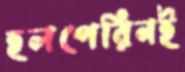
হলপেরিনই